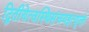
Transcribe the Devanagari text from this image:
द्वितीयेत्वस्थिसंचयइत्युक्तं